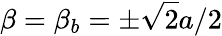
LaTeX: \beta=\beta_{b}=\pm\sqrt{2}a/2